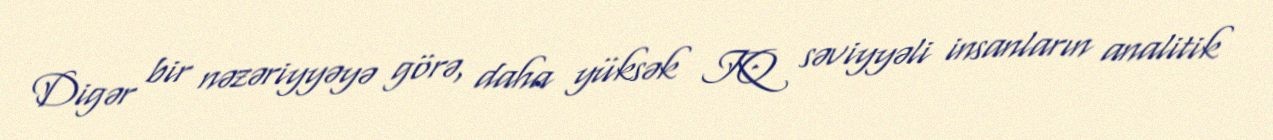
Digər bir nəzəriyyəyə görə, daha yüksək IQ səviyyəli insanların analitik